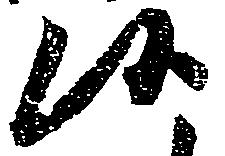
候